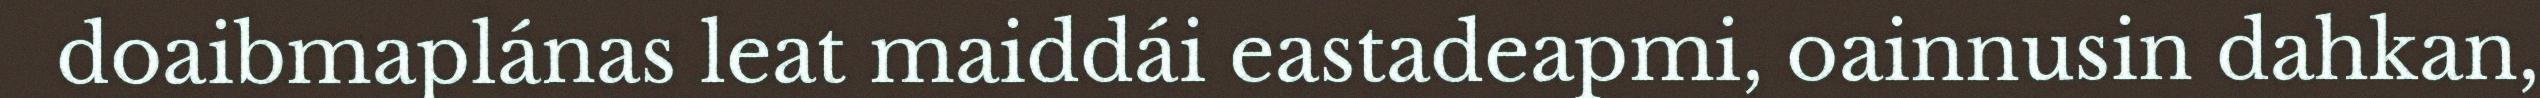
doaibmaplánas leat maiddái eastadeapmi, oainnusin dahkan,